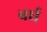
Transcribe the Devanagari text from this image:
बर्घ